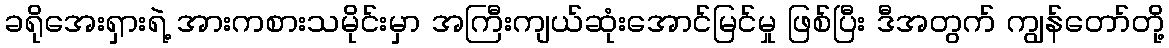
ခရိုအေးရှားရဲ့ အားကစားသမိုင်းမှာ အကြီးကျယ်ဆုံးအောင်မြင်မှု ဖြစ်ပြီး ဒီအတွက် ကျွန်တော်တို့